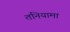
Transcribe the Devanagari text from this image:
तनियामा